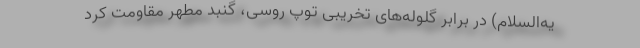
یه‌السلام) در برابر گلوله‌های تخریبی توپ روسی، گنبد مطهر مقاومت کرد